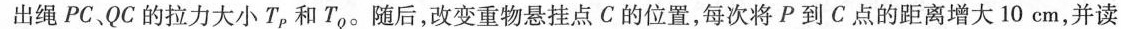
出绳PC、QC的拉力大小T_{p}和T_{Q}。随后，改变重物悬挂点C的位置，每次将P到C点的距离增大10cm，并读